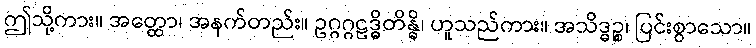
ဤသို့ကား။ အတ္ထော၊ အနက်တည်း။ ဥဂ္ဂဂ္ဂဠဒ္ဓိတိန္ဓိ၊ ဟူသည်ကား။ အသိဒ္ဓဉ္စ၊ ပြင်းစွာသော။